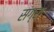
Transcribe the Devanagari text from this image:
संग्रा